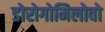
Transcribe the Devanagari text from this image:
डोरोगोमिलोवो